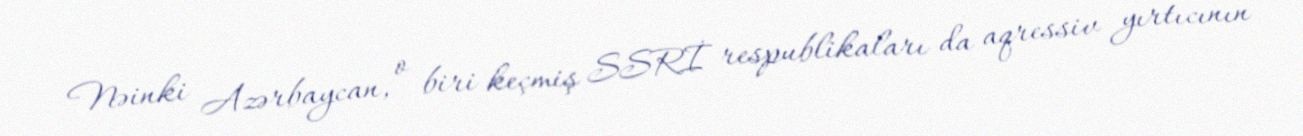
Nəinki Azərbaycan, o biri keçmiş SSRİ respublikaları da aqressiv yırtıcının